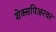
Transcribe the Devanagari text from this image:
शेक्सपिअरवर